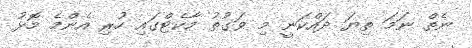
ނެތް ނަމަ ތިޔަ ދައްކަނީ މި ވަގުތު މާކެޓްގައި ހުރި އެންމެ މޮޅު